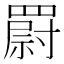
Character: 罻